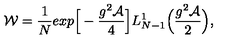
{ \cal W } = \frac { 1 } { N } e x p \Big [ - \frac { g ^ { 2 } \cal A } { 4 } \Big ] L _ { N - 1 } ^ { 1 } \Bigl ( \frac { g ^ { 2 } { \cal A } } { 2 } \Bigr ) ,